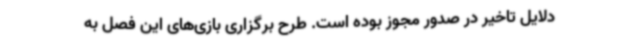
دلایل تاخیر در صدور مجوز بوده است. طرح برگزاری بازی‌های این فصل به